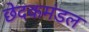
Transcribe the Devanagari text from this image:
छेदकमंडल